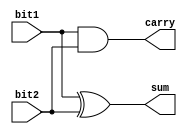
`timescale 1 ns/1 ns

module half_adder(bit1, bit2, sum, carry);
input bit1;
input bit2;
output sum;
output carry;

xor sum_calculator(sum, bit1, bit2);
and carry_calculator(carry, bit1, bit2);

endmodule